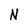
Character: N